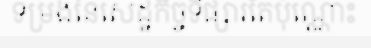
ទម្រង់នៃសេដ្ឋកិច្ចទីផ្សារតែប៉ុណ្ណោះ